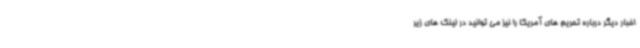
اخبار دیگر درباره تحریم های آمریکا را نیز می توانید در لینک های زیر